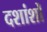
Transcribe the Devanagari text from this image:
दशांशों